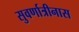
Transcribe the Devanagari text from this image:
सुवर्णात्रीनास